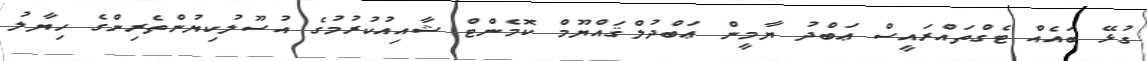
ގުޅޭ ބައެއް ޓެގްތައްރައީސް ޢަބްދު ޔާމީން ޢަބްދުލްޤައްޔޫމް ކޮމެންޓް ޝާއިއުކުރުމުގެ އުސޫލުކިޔުންތެރިންގެ ހިޔާލު